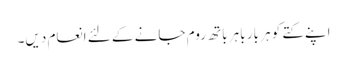
اپنے کتے کو ہر بار باہر باتھ روم جانے کے لئے انعام دیں۔